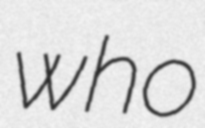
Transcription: who